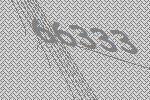
66333